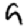
Digit: 9